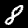
Label: 8